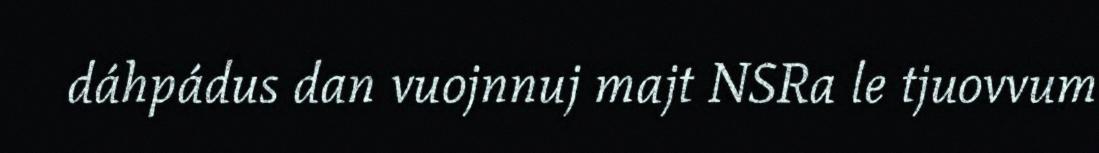
dáhpádus dan vuojnnuj majt NSRa le tjuovvum